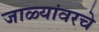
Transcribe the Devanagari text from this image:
जाळ्यांवरचे